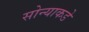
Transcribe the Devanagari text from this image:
सोन्याकडे